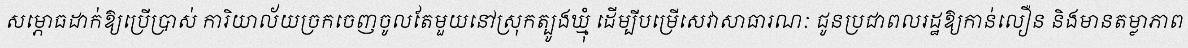
សម្ភោធដាក់ឱ្យប្រើប្រាស់ ការិយាល័យច្រកចេញចូលតែមួយនៅស្រុកត្បូងឃ្មុំ ដើម្បីបម្រើសេវាសាធារណៈ ជូនប្រជាពលរដ្ឋឱ្យកាន់លឿន និងមានតម្លាភាព